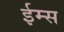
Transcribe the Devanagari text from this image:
ईम्स